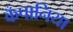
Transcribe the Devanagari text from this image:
कँपानिया